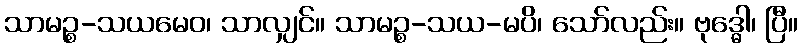
သာမဉ္စ-သယမေဝ၊ သာလျှင်။ သာမဉ္စ-သယ-မပိ၊ သော်လည်း။ ဗုဒ္ဓေါ၊ ပြီ။